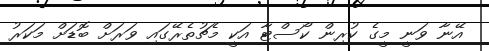
އޭނާ ވަނީ މީގެ ކުރިން ކޯސްޓާ އަކީ މެޗުތެރޭގައި ވަރަށް ބޮޑަށް މަކަރު